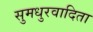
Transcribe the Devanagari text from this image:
सुमधुरवादिता